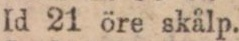
Id 21 öre skålp.